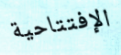
الإفتتاحية